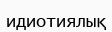
идиотиялық